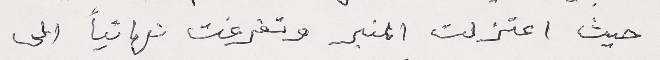
حيث اعتزلت المنبر وتفرغت نهائياً الى